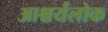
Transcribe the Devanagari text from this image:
आश्चर्यलोक